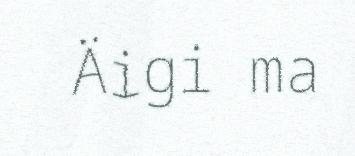
Äigi ma